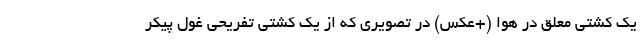
یک کشتی معلق در هوا (+عکس) در تصویری که از یک کشتی تفریحی غول پیکر